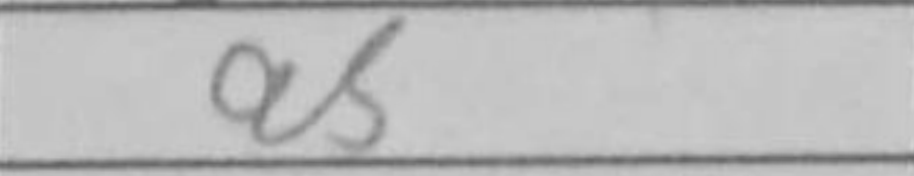
Transcription: a5